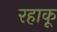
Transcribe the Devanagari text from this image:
रहाकू